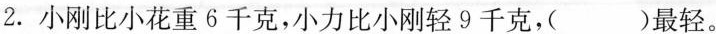
2. 小刚比小花重6千克，小力比小刚轻9千克，( )最轻。